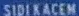
SIDI KACEM